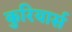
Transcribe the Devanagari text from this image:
कुरियार्स